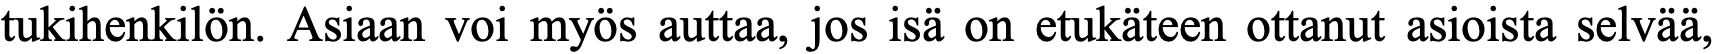
tukihenkilön. Asiaan voi myös auttaa, jos isä on etukäteen ottanut asioista selvää,